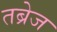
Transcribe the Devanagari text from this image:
तब्रेज